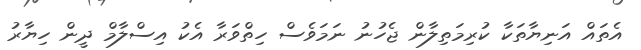
އެތައް އަނިޔާތަކާ ކުރިމަތިލާން ޖެހުނު ނަމަވެސް ހިތްވަރާ އެކު އިސްލާމް ދީން ހިޔާރު